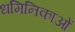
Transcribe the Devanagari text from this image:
धमिनिकाओं